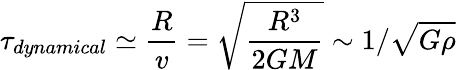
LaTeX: \tau_{dynamical}\simeq{\frac{R}{v}}={\sqrt{\frac{R^{3}}{2GM}}}\sim 1/{\sqrt{G\rho}}